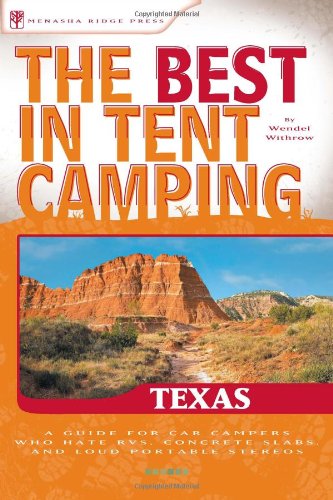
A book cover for The Best in Tent Camping: Texas: A Guide for Car Campers Who Hate RVs, Concrete Slabs, and Loud Portable Stereos (Best Tent Camping); Wendel Withrow; Sports & Outdoors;